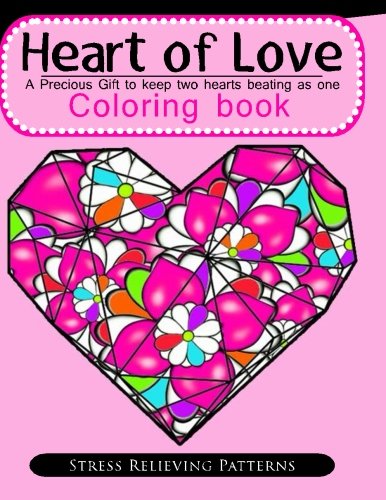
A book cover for Heart of Love  Coloring book: Coloring Books For Adult  : Stress Relieving (Volume 71); Coloring Books For Adults; Arts & Photography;